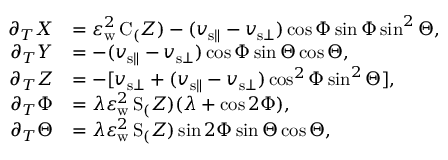
\begin{array} { r l } { \partial _ { T } X } & { = \varepsilon _ { \mathrm { w } } ^ { 2 } \, \mathrm { C } _ ( Z ) - ( v _ { { \mathrm { s } } \parallel } - v _ { { \mathrm { s } } \bot } ) \cos \Phi \sin \Phi \sin ^ { 2 } \Theta , } \\ { \partial _ { T } Y } & { = - ( v _ { { \mathrm { s } } \parallel } - v _ { { \mathrm { s } } \bot } ) \cos \Phi \sin \Theta \cos \Theta , } \\ { \partial _ { T } Z } & { = - [ v _ { { \mathrm { s } } \bot } + ( v _ { { \mathrm { s } } \parallel } - v _ { { \mathrm { s } } \bot } ) \cos ^ { 2 } \Phi \sin ^ { 2 } \Theta ] , } \\ { \partial _ { T } \Phi } & { = \lambda \varepsilon _ { \mathrm { w } } ^ { 2 } \, \mathrm { S } _ ( Z ) ( \lambda + \cos 2 \Phi ) , } \\ { \partial _ { T } \Theta } & { = \lambda \varepsilon _ { \mathrm { w } } ^ { 2 } \, \mathrm { S } _ ( Z ) \sin 2 \Phi \sin \Theta \cos \Theta , } \end{array}